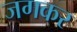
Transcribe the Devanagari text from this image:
जगकर